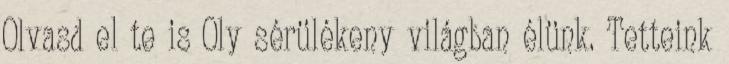
Olvasd el te is Oly sérülékeny világban élünk. Tetteink